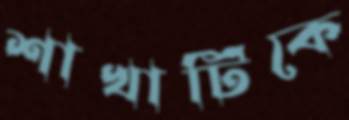
শাখাটিকে